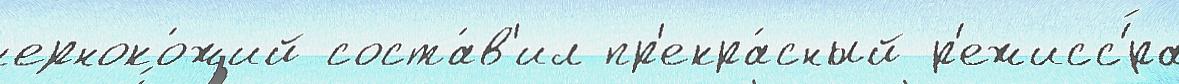
черноко́жий соста́в'ил пр'екра́сный р'ежисс'́ра